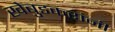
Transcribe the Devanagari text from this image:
खेबुडकरांनी